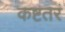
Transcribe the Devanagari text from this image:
कष्टतरं